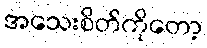
အသေးစိတ်ကိုတော့